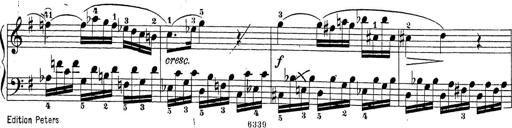
Title: Sonatina Album
Composer: Louis KÃ¶hler